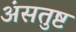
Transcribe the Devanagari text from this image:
अंसतुष्ट